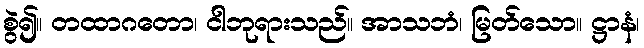
စွဲ၍။ တထာဂတော၊ ငါဘုရားသည်။ အာသဘံ၊ မြတ်သော။ ဋ္ဌာနံ၊